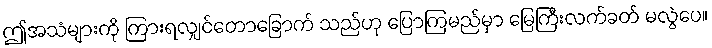
ဤအသံများကို ကြားရလျှင်တောခြောက် သည်ဟု ပြောကြမည်မှာ မြေကြီးလက်ခတ် မလွဲပေ။